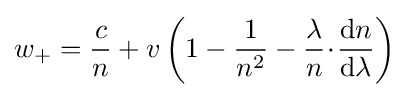
w_{+}={\frac {c}{n}}+v\left(1-{\frac {1}{n^{2}}}-{\frac {\lambda }{n}}\!\cdot \!{\frac {\mathrm {d} n}{\mathrm {d} \lambda }}\right)\